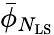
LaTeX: \bar{{\phi}}_{N_{\mathrm{LS}}}